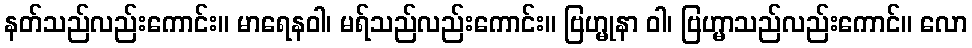
နတ်သည်လည်းကောင်း။ မာရေနဝါ၊ မရ်သည်လည်းကောင်း။ ဗြဟ္မုနာ ဝါ၊ ဗြဟ္မာသည်လည်းကောင်။ လော